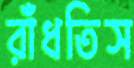
রাঁধতিস